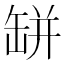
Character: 缾